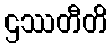
ဌဿတီတိ